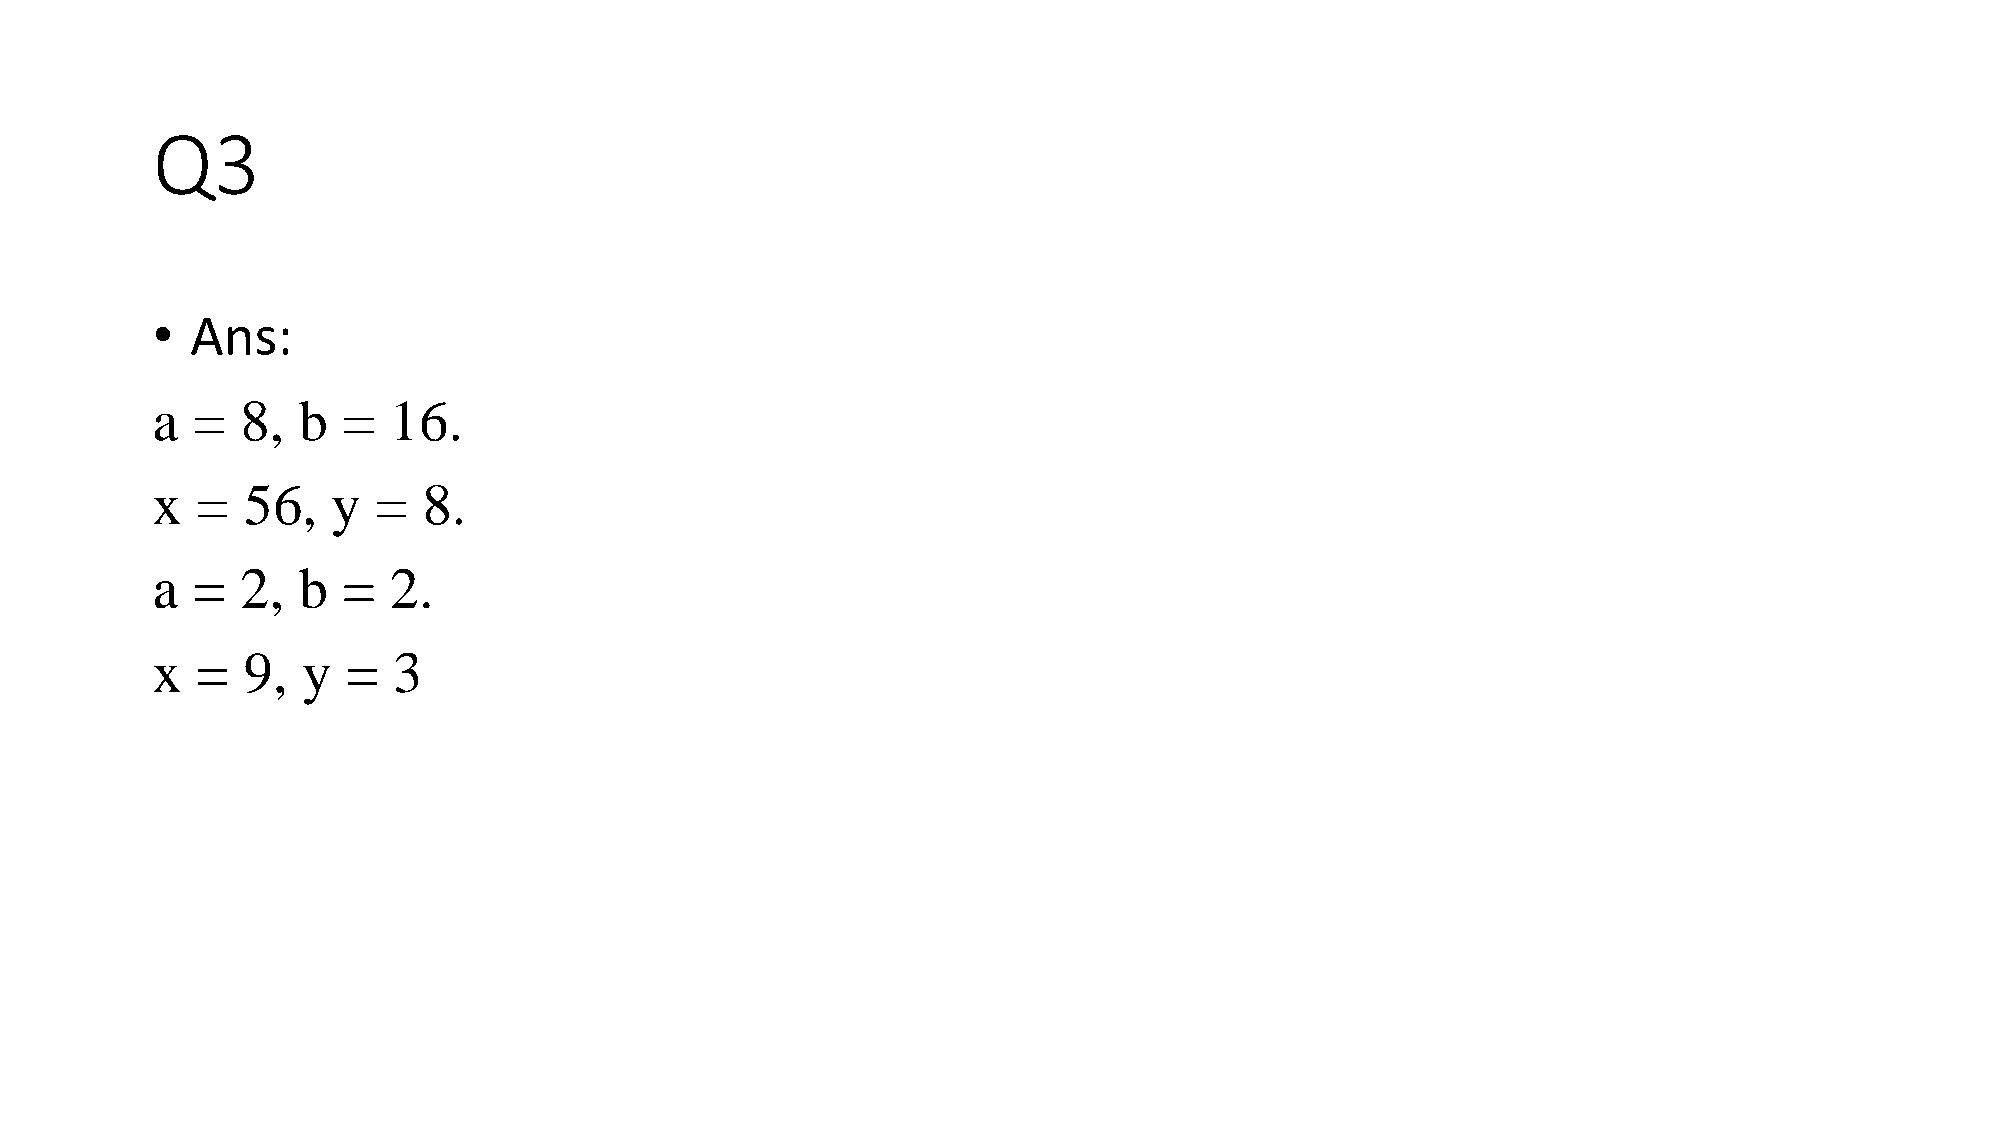
Q3
 •  Ans:
 a  =  8,  b  =  16.
 x  =  56,   y  =  8.
 a  =  2,  b  =  2.
 x  =  9,  y  =  3